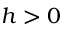
h > 0